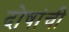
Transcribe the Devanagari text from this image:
दोषांची